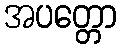
အပတ္တော